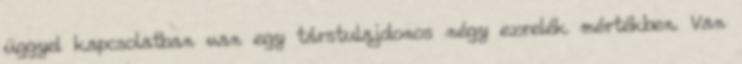
üggyel kapcsolatban van egy társtulajdonos négy ezrelék mértékben. Van